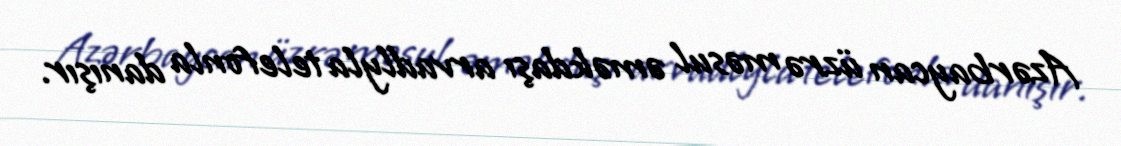
Azərbaycan üzrə məsul əməkdaşı arvadlyla telefonla danışır.